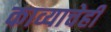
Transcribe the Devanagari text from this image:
काव्याचेही